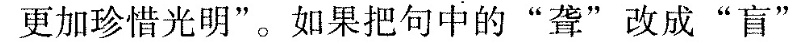
更加珍惜光明”，如果把句中的“聋”改成“盲”